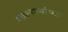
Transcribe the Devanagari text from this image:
मतप्रणाल्यांच्या